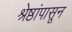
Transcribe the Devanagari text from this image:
श्रेष्ठांपासून